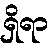
ရှိရာ